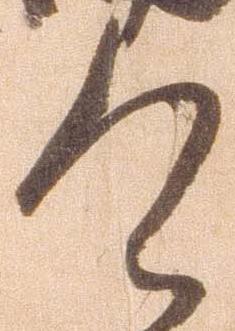
令